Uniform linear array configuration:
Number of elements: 8
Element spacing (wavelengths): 0.5
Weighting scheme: hamming
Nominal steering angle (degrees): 45
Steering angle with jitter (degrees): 46.244
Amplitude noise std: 0.05
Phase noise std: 0.05

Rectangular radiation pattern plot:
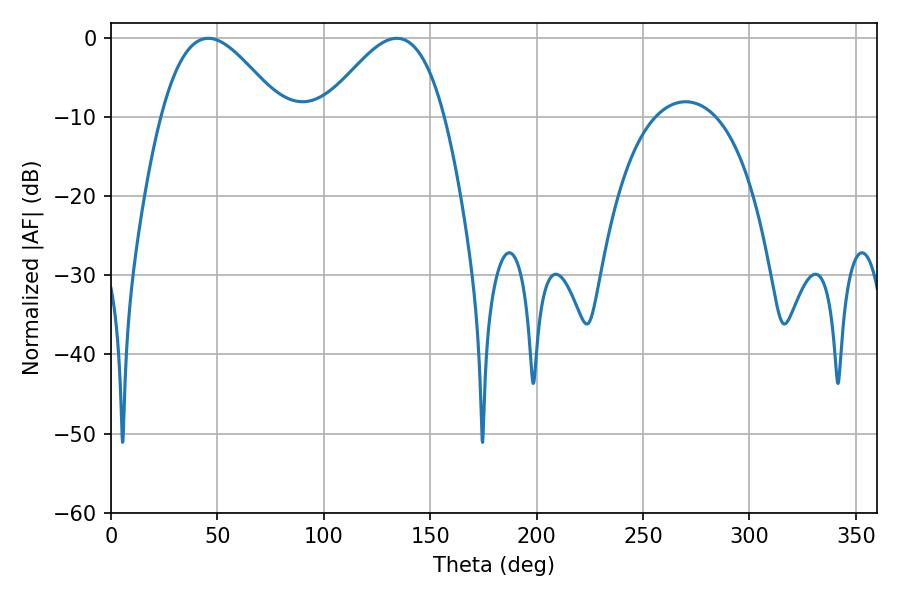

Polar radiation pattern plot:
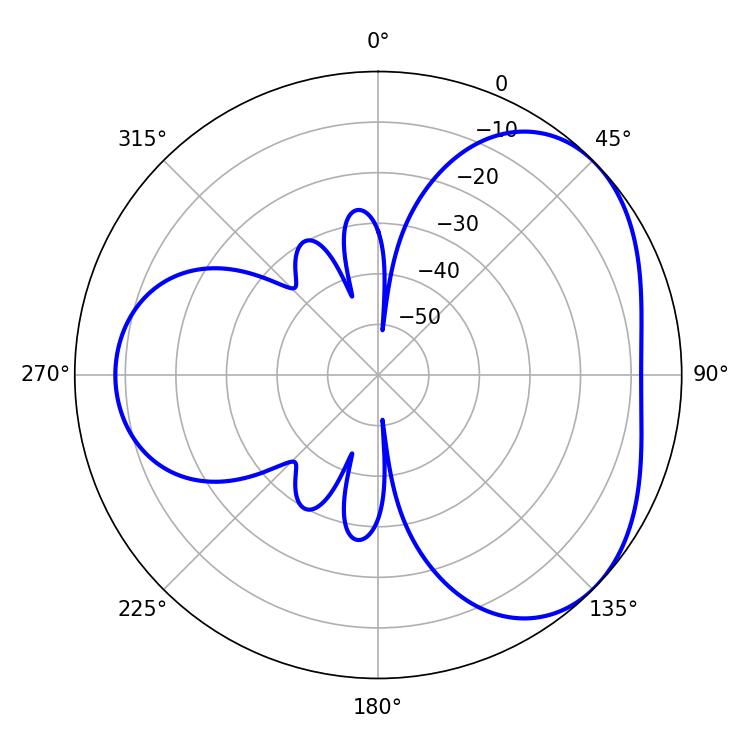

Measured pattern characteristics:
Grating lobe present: FALSE
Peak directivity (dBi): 3.938
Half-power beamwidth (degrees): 30.6
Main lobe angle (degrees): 45.72